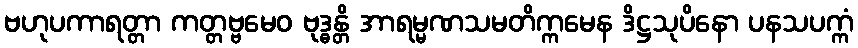
ဗဟုပကာရတ္တာ ကတ္တဗ္ဗမေဝ ဗုဒ္ဓန္တိ အာရမ္မဏသမတိက္ကမေန ဒိဋ္ဌသုပိနော ပနသပက္ကံ